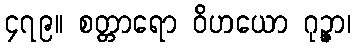
၄၇၉။ စတ္တာရော ဝိဟယော ဂုဉ္ဇာ၊